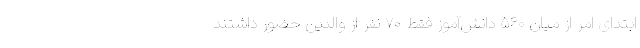
ابتدای امر از میان ۵۶۰ دانش‌آموز فقط ۷۰ نفر از والدین حضور داشتند